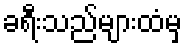
ခရီးသည်များထံမှ